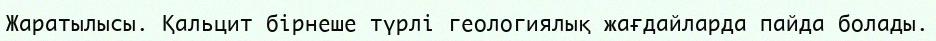
Жаратылысы. Қальцит бірнеше түрлі геологиялық жағдайларда пайда болады.